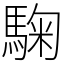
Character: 𩣽